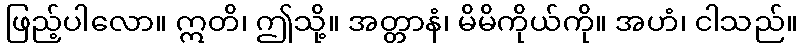
ဖြည့်ပါလော။ ဣတိ၊ ဤသို့။ အတ္တာနံ၊ မိမိကိုယ်ကို။ အဟံ၊ ငါသည်။